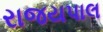
રાજયપાલ